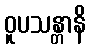
ဝူပသန္တာနိ